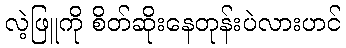
လဲ့ဖြူကို စိတ်ဆိုးနေတုန်းပဲလားဟင်